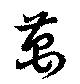
萬